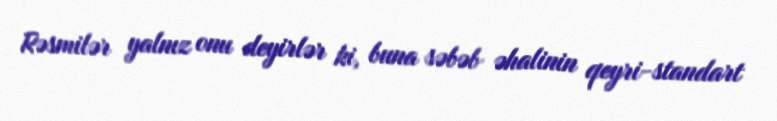
Rəsmilər yalnız onu deyirlər ki, buna səbəb əhalinin qeyri-standart